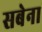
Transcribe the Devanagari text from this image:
सबेना